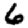
Digit: 6